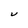
Character: U